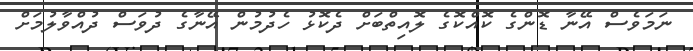
ނަމަވެސް އޭނާ ޑޮންގެ ކޮއްކޮގެ ލޮއިތްބަށް ދެކޮޅު ހެދުމުން އޭނާގެ ދުވަސް ދުއްވާލުމަށް